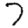
Digit: 7